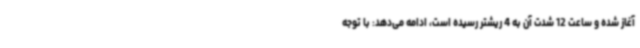
آغاز شده و ساعت 12 شدت آن به 4 ریشتر رسیده است، ادامه می‌دهد: با توجه